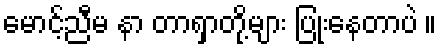
မောင့်ညီမ နာ တာရှာတို့များ ပြုံးနေတာပဲ ။